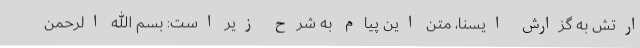
ارتش به گزارش ایسنا، متن این پیام به شرح زیر است: بسم الله الرحمن